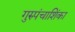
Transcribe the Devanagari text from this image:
गुरुपंचाशिंका